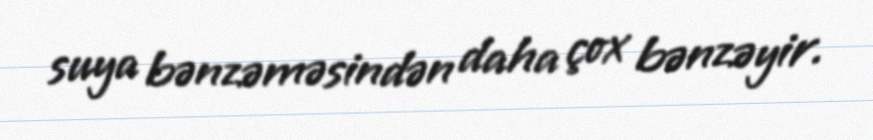
suya bənzəməsindən daha çox bənzəyir.